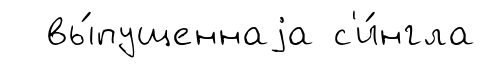
вы́пущеннаjа с'и́нгла